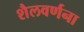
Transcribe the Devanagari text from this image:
शैलवर्णना